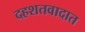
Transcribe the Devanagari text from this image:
दहशतवादात